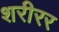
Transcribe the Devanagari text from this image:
शरीरर